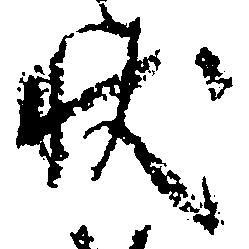
状